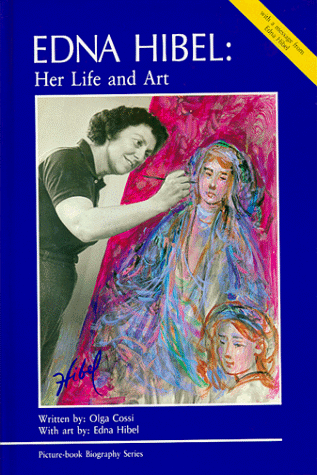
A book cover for Edna Hibel: Her Life and Art (Picture-Book Biography Series); Olga Cossi; Teen & Young Adult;